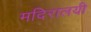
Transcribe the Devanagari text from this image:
मदिरालयी